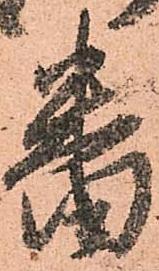
番